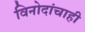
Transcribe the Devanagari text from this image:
विनोदांचाही